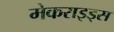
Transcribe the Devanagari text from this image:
मेकराइड्स